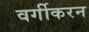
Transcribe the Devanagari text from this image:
वर्गीकरन